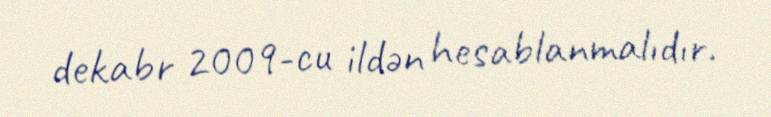
dekabr 2009-cu ildən hesablanmalıdır.